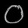
Digit: ၀